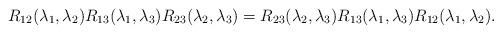
LaTeX: \begin{align*}R_{12}(\lambda_1 , \lambda_2) R_{13}(\lambda_1,\lambda_3) R_{23}(\lambda_2,\lambda_3) = R_{23}(\lambda_2,\lambda_3) R_{13}(\lambda_1,\lambda_3) R_{12}(\lambda_1,\lambda_2).\end{align*}